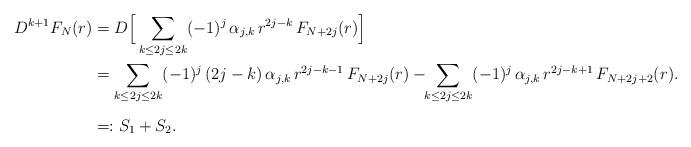
LaTeX: \begin{align*}D^{k+1}F_N(r) &= D\Big[\sum_{k \le 2j \le 2k} (-1)^j \, \alpha_{j,k} \, r^{2j-k} \, F_{N+2j}(r)\Big] \\&= \sum_{k \le 2j \le 2k} (-1)^j \, (2j-k) \, \alpha_{j,k}\, r^{2j-k-1} \, F_{N+2j}(r)-\!\!\sum_{k \le 2j \le 2k} (-1)^j \, \alpha_{j,k}\, r^{2j-k+1} \, F_{N+2j+2}(r). \\\noalign{\medskip}&=: S_1+S_2.\end{align*}